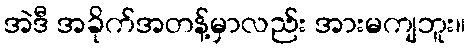
အဲဒီ အခိုက်အတန့်မှာလည်း အားမကျဘူး။